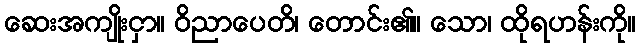
ဆေးအကျိုးငှာ။ ဝိညာပေတိ၊ တောင်း၏။ သော၊ ထိုရဟန်းကို။